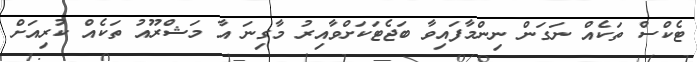
ޓެކްސް ތަކެއް ނަގަން ނިންމާފައިވާ ބަޖެޓަކަށްވާއިރު މާގިނަ އާ މަޝްރޫއު ތަކެއް ކުރިއަށް